Annual statistical returns and brief notes on vaccination in Bengal - 1896-1909
Year: 1896
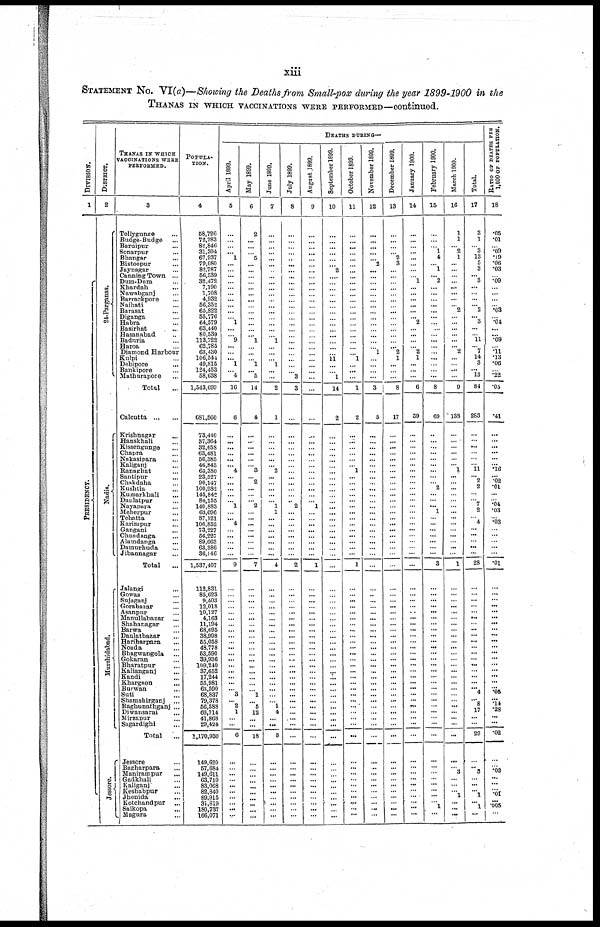
xiii
STATEMENT NO. VI(a)—Showing the Deaths from Small-pox during the year 1899-1900 in the
THANAS IN WHICH VACCINATIONS WERE PERFORMED—continued.
DIVISION.
1
P RES IDENCY.
DISTRICT.
2
24-Parganas.
Nadi a.
Murshidabad.
Jessore.
THANAS IN WHICH
VACCINATIONS WERE
PERFORMED.
3
Tollygunge...
Budge-Budge...
Baruipur...
Sonarpur...
Bhangar...
Bistoopur...
Jaynagar...
Canning Town...
Dum-Dum...
Khardah...
Nawabganj...
Barrackpore...
Naihati...
Barasat...
Diganga...
Habra...
Basirhat...
Hasanabad...
Baduria...
Haroa...
Diamond Harbour...
Kulpi...
Debipore...
Bankipore...
Mathurapore...
Total...
Calcutta...
Krishnagar...
Hanskhali...
Kissengunge...
Chapra...
Nakasipara...
Kaliganj...
Ranaghat...
Santipur...
Chakdaha...
Kushtia...
Kumarkhali...
Daulatpur...
Nayapara...
Meherpur...
Tehatta...
Karimpur...
Gangani...
Chundanga...
Alamdanga...
Damurhuda...
Jibannagar...
Total...
Jalangi...
Gowas...
Sujaganj...
Gorabazar...
Asanpur...
Manullabazar...
Shahanagar...
Barwa...
Daulatbazar...
Hariharpara...
Noada...
Bhagwangola...
Gokaran...
Bharatpur...
Kalianganj...
Kandi...
Khargaon...
Burwan...
Suti...
Shamshirganj...
Raghunathganj ...
Diwansarai...
Mirzapur...
Sagardighi...
Total...
Jessore...
Bagharpara...
Manirampur...
Gadkhali...
Kaliganj...
Keshabpur...
Jhenida...
Kotchandpur...
Salkopa...
Magura...
POPULA-
----.
4
58,726
72,283
82,846
31,304
67,937
79,080
82,787
56,539
32,472
7,190
1,708
4,932
56,352
65,822
55,776
64,579
63,440
80,539
113,722
62,785
63,430
106,544
49,815
124,453
58,638
1,543,699
681,560
73,440
37,364
32,658
63,481
56,385
65,380
23,527
23,527
90,147
100,982
145,842
84,155
140,883
63,696
87,121
106,852
73,227
56,227
89,663
63,386
36,146
1,537,407
112,831
85,623
9,403
12,018
10,127
4,163
11,194
68,695
38,998
55,058
48,778
63,590
39,936
109,240
37,652
17,244
55,981
63,590
68,837
79,378
56,588
60,714
41,868
29,424
1,170,930
149,620
57,684
149,611
63,710
83,068
82,840
89,915
31,819
180,737
166,071
DEATHS DURING—
April 1899.
5
...
...
...
... 1
...
...
...
...
...
...
...
...
...
...
1
...
...
9
...
...
... 1
...
4
16
6
...
... ...
...
... ...
...
...
...
...
...
... 1
...
... 4
...
...
...
...
...
9
...
...
...
...
...
...
...
...
...
...
...
...
... ...
...
... ...
...
3
... 2
1
... ...
6
...
...
...
...
...
...
...
...
...
...
May 1899.
6
2
...
...
...
5
...
...
...
...
...
...
...
...
...
...
...
...
...
1
...
...
...
1
... 5
14
4
...
...
...
...
...
8 ...
...
2
...
...
...
2
...
...
...
...
...
...
...
...
7
...
...
...
...
...
...
...
...
...
...
...
...
... ...
...
... ...
...
1
...
5
12
...
...
18
...
...
...
...
...
...
... ...
...
...
June 1899.
7
...
...
...
...
...
...
...
...
...
...
...
...
...
...
...
...
...
...
1
...
...
...
1
...
...
2
1
...
...
...
...
...
2 ...
...
...
...
...
...
1
1
...
...
...
...
...
...
...
4
...
...
...
...
...
...
...
...
...
...
...
...
... ...
...
... ...
...
...
...
1
4
...
...
5
...
...
...
...
...
...
... ...
...
...
July 1899.
8
...
...
...
...
...
...
...
...
...
...
...
...
...
...
...
...
...
...
...
...
...
...
...
...
3
3
...
...
... ...
...
... ...
...
...
...
...
...
.. 2
...
...
...
...
...
...
...
...
2
...
...
...
...
...
...
...
...
...
...
...
...
... ...
...
... ...
... ... ... ...
...
... ...
...
...
...
...
...
...
...
... ...
...
...
August 1899.
9
...
...
...
...
...
...
...
...
...
...
...
...
...
...
...
...
...
...
...
...
...
...
...
...
...
...
...
...
...
...
...
...
...
...
...
...
...
...
...
1
...
...
...
...
...
...
...
...
1
...
...
...
...
...
...
...
...
...
...
...
...
... ... ....
...
...
...
...
...
...
... ... ...
...
...
...
...
...
...
...
... ...
...
...
September 1899.
10
...
...
...
...
...
...
2
...
...
...
...
...
...
...
...
...
...
...
...
...
...
11
...
...
1
14
2
...
...
...
...
...
...
...
...
...
...
...
...
...
...
...
...
...
...
...
...
...
...
...
...
...
...
...
...
...
...
...
...
...
...
...
...
...
...
...
...
...
...
...
... ...
...
...
...
...
...
...
...
...
...
...
...
...
October 1899.
11
...
...
...
...
...
...
...
...
...
...
...
...
...
...
...
...
...
...
...
...
...
1
...
...
...
1
2
...
...
...
...
...
1 ...
...
...
...
...
...
...
...
...
...
...
...
...
...
...
1
...
...
...
...
...
...
...
...
...
...
...
...
...
...
...
... ...
... ...
...
...
... ...
...
...
...
...
...
...
...
...
...
...
...
...
November 1899.
12
...
...
...
...
...
2
...
...
...
...
...
...
...
...
...
...
...
...
...
...
1
...
...
...
...
3
5
...
...
...
...
...
...
...
...
...
...
...
...
...
...
...
...
...
...
...
...
...
...
...
..
...
...
...
...
...
...
...
...
...
...
... ...
...
...
...
... ... ...
...
...
... ...
...
...
..
...
...
...
...
... ...
...
...
December 1899.
13
...
...
...
... 2
3
...
...
...
...
...
...
...
...
...
... ...
...
... ...
2
1
...
...
...
8
17
...
... ...
...
...
...
...
...
...
...
...
...
...
...
...
...
...
...
...
...
...
...
...
...
...
...
...
...
...
...
...
...
...
...
... ...
...
... ...
... ...
...
...
... ... ...
...
...
...
...
...
...
...
... ...
...
...
January 1900.
14
...
...
...
... ...
...
...
...
1
...
...
...
...
...
... 2
...
...
...
...
2
1
...
...
...
6
39
...
...
...
...
...
...
...
...
...
...
...
...
...
...
...
...
...
...
...
...
...
...
...
...
...
...
...
...
...
...
...
...
...
...
... ...
...
...
...
... ... ...
...
... ... ...
...
...
...
...
...
...
...
... ...
...
...
February 1900.
15
...
...
...
1
4
... 1
...
2
...
...
...
...
...
...
...
...
...
...
...
...
...
...
...
...
8
69
...
...
...
...
...
...
...
...
2
...
...
...
... 1
...
...
...
...
...
...
...
3
...
...
...
...
...
...
...
...
...
... ...
...
... ...
...
...
...
...
...
...
...
... ...
...
...
...
...
...
...
...
...
...
...
...
...
March 1900.
16
1
1
... 2
1
...
...
...
...
...
...
...
...
2
...
...
...
...
... ... 2
...
...
...
...
9
138
...
... ...
...
...
1 ...
...
...
...
...
...
...
...
...
...
...
...
...
...
...
1
...
...
...
...
...
...
...
...
...
...
...
...
...
...
...
...
...
... ...
...
...
...
... ...
...
...
... 3
...
...
... 1
...
...
...
Total.
17
3
1
...
3
13
5
3
...
3
...
...
...
...
2
... 3
...
...
11
...
7
14
3
... 13
84
283
...
...
...
...
...
11 ...
2
2
...
...
...
7
2
...
4
...
...
...
...
...
28
...
...
...
...
...
...
...
...
...
...
...
...
... ...
...
...
...
...
4
...
8
... ...
...
29
...
... 3
...
...
... 1
... 1
...
R ATIO OF DEATHS PER
1,000 OF POPULATION.
18
.05
.01
... .09
.19
.06
.03
...
.09
...
...
...
...
.03
...
.04
...
... .09
...
.11
.13
.06
...
.22
.05
.41
...
... ...
...
...
.16 ...
.02
.01
...
...
...
.04
.03
...
.03
...
...
...
...
...
.01
...
...
...
...
...
...
...
...
...
...
...
...
... ...
...
...
...
...
.05
...
.14
... ...
...
.02
...
...
.02
...
...
...
.01 ...
.005
...